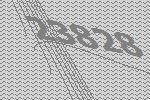
23828